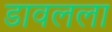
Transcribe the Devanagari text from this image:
डावलला